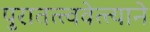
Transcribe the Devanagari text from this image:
पुरातत्त्ववेत्त्याने